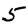
Digit: 5